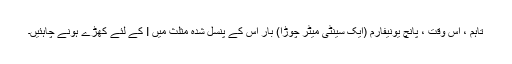
تاہم ، اس وقت ، پانچ یونیفارم (ایک سینٹی میٹر چوڑا) بار اس کے پنسل شدہ مثلث میں I کے لئے کھڑے ہونے چاہئیں۔